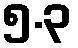
၅.၃